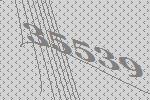
35539